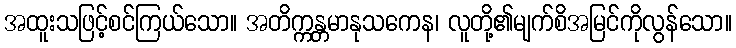
အထူးသဖြင့်စင်ကြယ်သော။ အတိက္ကန္တမာနုသကေန၊ လူတို့၏မျက်စိအမြင်ကိုလွန်သော။